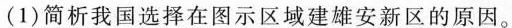
(1)简析我国选择在图示区域建雄安新区的原因。